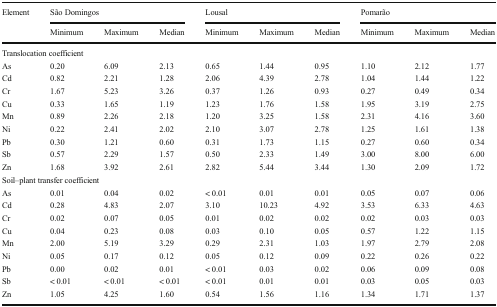
<table><thead><tr><td rowspan="2"><b>Element</b></td><td colspan="3"><b>São Domingos</b></td><td colspan="3"><b>Lousal</b></td><td colspan="3"><b>Pomarão</b></td></tr><tr><td><b>Minimum</b></td><td><b>Maximum</b></td><td><b>Median</b></td><td><b>Minimum</b></td><td><b>Maximum</b></td><td><b>Median</b></td><td><b>Minimum</b></td><td><b>Maximum</b></td><td><b>Median</b></td></tr></thead><tbody><tr><td colspan="10">Translocation coefficient</td></tr><tr><td>As</td><td>0.20</td><td>6.09</td><td>2.13</td><td>0.65</td><td>1.44</td><td>0.95</td><td>1.10</td><td>2.12</td><td>1.77</td></tr><tr><td>Cd</td><td>0.82</td><td>2.21</td><td>1.28</td><td>2.06</td><td>4.39</td><td>2.78</td><td>1.04</td><td>1.44</td><td>1.22</td></tr><tr><td>Cr</td><td>1.67</td><td>5.23</td><td>3.26</td><td>0.37</td><td>1.26</td><td>0.93</td><td>0.27</td><td>0.49</td><td>0.34</td></tr><tr><td>Cu</td><td>0.33</td><td>1.65</td><td>1.19</td><td>1.23</td><td>1.76</td><td>1.58</td><td>1.95</td><td>3.19</td><td>2.75</td></tr><tr><td>Mn</td><td>0.89</td><td>2.26</td><td>2.18</td><td>1.20</td><td>3.25</td><td>1.58</td><td>2.31</td><td>4.16</td><td>3.60</td></tr><tr><td>Ni</td><td>0.22</td><td>2.41</td><td>2.02</td><td>2.10</td><td>3.07</td><td>2.78</td><td>1.25</td><td>1.61</td><td>1.38</td></tr><tr><td>Pb</td><td>0.30</td><td>1.21</td><td>0.60</td><td>0.31</td><td>1.73</td><td>1.15</td><td>0.27</td><td>0.60</td><td>0.34</td></tr><tr><td>Sb</td><td>0.57</td><td>2.29</td><td>1.57</td><td>0.50</td><td>2.33</td><td>1.49</td><td>3.00</td><td>8.00</td><td>6.00</td></tr><tr><td>Zn</td><td>1.68</td><td>3.92</td><td>2.61</td><td>2.82</td><td>5.44</td><td>3.44</td><td>1.30</td><td>2.09</td><td>1.72</td></tr><tr><td colspan="10">Soil–plant transfer coefficient</td></tr><tr><td>As</td><td>0.01</td><td>0.04</td><td>0.02</td><td>&lt; 0.01</td><td>0.01</td><td>0.01</td><td>0.05</td><td>0.07</td><td>0.06</td></tr><tr><td>Cd</td><td>0.28</td><td>4.83</td><td>2.07</td><td>3.10</td><td>10.23</td><td>4.92</td><td>3.53</td><td>6.33</td><td>4.63</td></tr><tr><td>Cr</td><td>0.02</td><td>0.07</td><td>0.05</td><td>0.01</td><td>0.02</td><td>0.02</td><td>0.02</td><td>0.03</td><td>0.03</td></tr><tr><td>Cu</td><td>0.04</td><td>0.23</td><td>0.08</td><td>0.03</td><td>0.10</td><td>0.05</td><td>0.57</td><td>1.22</td><td>1.15</td></tr><tr><td>Mn</td><td>2.00</td><td>5.19</td><td>3.29</td><td>0.29</td><td>2.31</td><td>1.03</td><td>1.97</td><td>2.79</td><td>2.08</td></tr><tr><td>Ni</td><td>0.05</td><td>0.17</td><td>0.12</td><td>0.05</td><td>0.12</td><td>0.09</td><td>0.22</td><td>0.26</td><td>0.22</td></tr><tr><td>Pb</td><td>0.00</td><td>0.02</td><td>0.01</td><td>&lt; 0.01</td><td>0.03</td><td>0.02</td><td>0.06</td><td>0.09</td><td>0.08</td></tr><tr><td>Sb</td><td>&lt; 0.01</td><td>&lt; 0.01</td><td>&lt; 0.01</td><td>&lt; 0.01</td><td>0.01</td><td>0.01</td><td>0.03</td><td>0.05</td><td>0.03</td></tr><tr><td>Zn</td><td>1.05</td><td>4.25</td><td>1.60</td><td>0.54</td><td>1.56</td><td>1.16</td><td>1.34</td><td>1.71</td><td>1.37</td></tr></tbody></table>